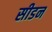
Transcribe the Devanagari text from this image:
सीडन